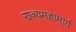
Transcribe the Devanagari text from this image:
राज्यमहामार्ग